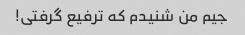
جیم من شنیدم که ترفیع گرفتی!